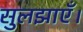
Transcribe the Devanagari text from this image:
सुलझाएँ।